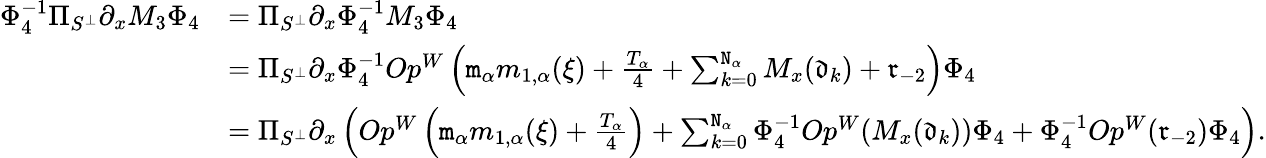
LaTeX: \begin{array}{rl}{\Phi_{4}^{-1}\Pi_{S^{\perp}}\partial_{x}M_{3}\Phi_{4}}&{=\Pi_{S^{\perp}}\partial_{x}\Phi_{4}^{-1}M_{3}\Phi_{4}}\\ &{=\Pi_{S^{\perp}}\partial_{x}\Phi_{4}^{-1}Op^{W}\left(\mathtt{m}_{\alpha}m_{1,\alpha}(\xi)+\frac{T_{\alpha}}4+\sum_{k=0}^{\mathtt{N}_{\alpha}}M_{x}(\mathfrak{d}_{k})+\mathfrak{r}_{-2}\right)\Phi_{4}}\\ &{=\Pi_{S^{\perp}}\partial_{x}\left(Op^{W}\left(\mathtt{m}_{\alpha}m_{1,\alpha}(\xi)+\frac{T_{\alpha}}4\right)+\sum_{k=0}^{\mathtt{N}_{\alpha}}\Phi_{4}^{-1}Op^{W}(M_{x}(\mathfrak{d}_{k}))\Phi_{4}+\Phi_{4}^{-1}Op^{W}(\mathfrak{r}_{-2})\Phi_{4}\right).}\end{array}